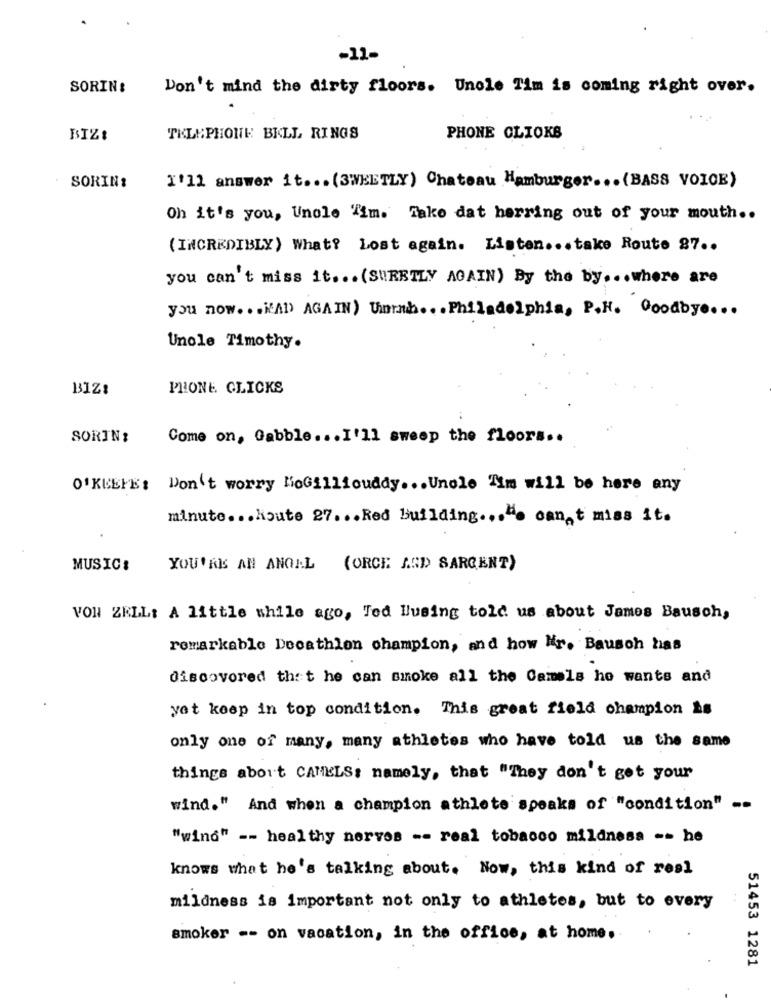
-11-
SORIN:
Don't mind the dirty floors. Unole Tim is coming right over.
BIZ!
TELEPHONE BELL RINGS
PHONE CLIOKS
I'll answer it ... (3WEETLY) Chateau Hamburger ... (BASS VOICE)
SORIN:
Oh it's you, Unole "im. Take dat herring out of your mouth ..
(INCREDIBLY) What? Lost again. Listen ... take Route 87 ..
you can't miss it ... (SURETLY AGAIN) By the by ... where are
you now. .. VAD AGAIN) Ummah. . . Philadelphia, P.H. Goodbye ...
Unole Timothy.
BIZ:
PHONE. CLICKS
SORIN?
Come on, Gabble ... I'll sweep the floors ..
O'KEEFE: Don't worry HoGillicuddy ... Unele Tim will be here any
minute. . . koute 27 ... Red building ..... can t miss it.
MUSIC:
YOU' KIS AN ANGEL (ORCE AND SARGENT)
VON ZELL: A little while ago, Ted lusing told us about James Bausch,
remarkable Decathlon champion, and how Nr. Bausch has
discovered that he can smoke all the Camels ho wants and
yet keep in top condition. This great field champion is
only one of many, many athletes who have told us the same
things about CAMELS: namely, that "They don't get your
wind." And when a champion athlete speaks of "condition" --
"wind" -- healthy nerves -- real tobacco mildnesa -- he
knows what he's talking about. Now, this kind of real
mildness is important not only to athletes, but to every
smoker -- on vacation, in the office, at home.
51453 1281